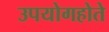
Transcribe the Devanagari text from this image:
उपयोगहोते